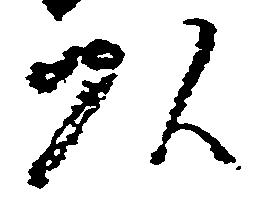
頭